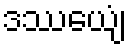
ဒဿေယျံ